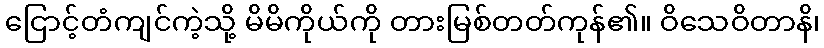
ငြောင့်တံကျင်ကဲ့သို့ မိမိကိုယ်ကို တားမြစ်တတ်ကုန်၏။ ဝိသေဝိတာနိ၊